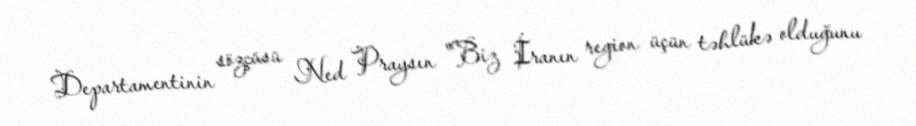
Departamentinin sözçüsü Ned Praysın "Biz İranın region üçün təhlükə olduğunu